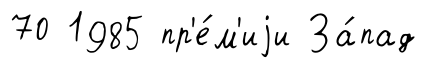
70 1985 пр'е́м'иjи За́пад